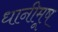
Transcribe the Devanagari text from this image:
धानीमूष